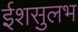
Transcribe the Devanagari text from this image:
ईशसुलभ